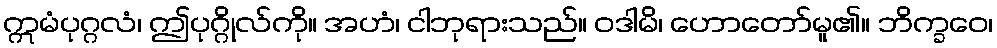
ဣမံပုဂ္ဂလံ၊ ဤပုဂ္ဂိုလ်ကို။ အဟံ၊ ငါဘုရားသည်။ ဝဒါမိ၊ ဟောတော်မူ၏။ ဘိက္ခဝေ၊